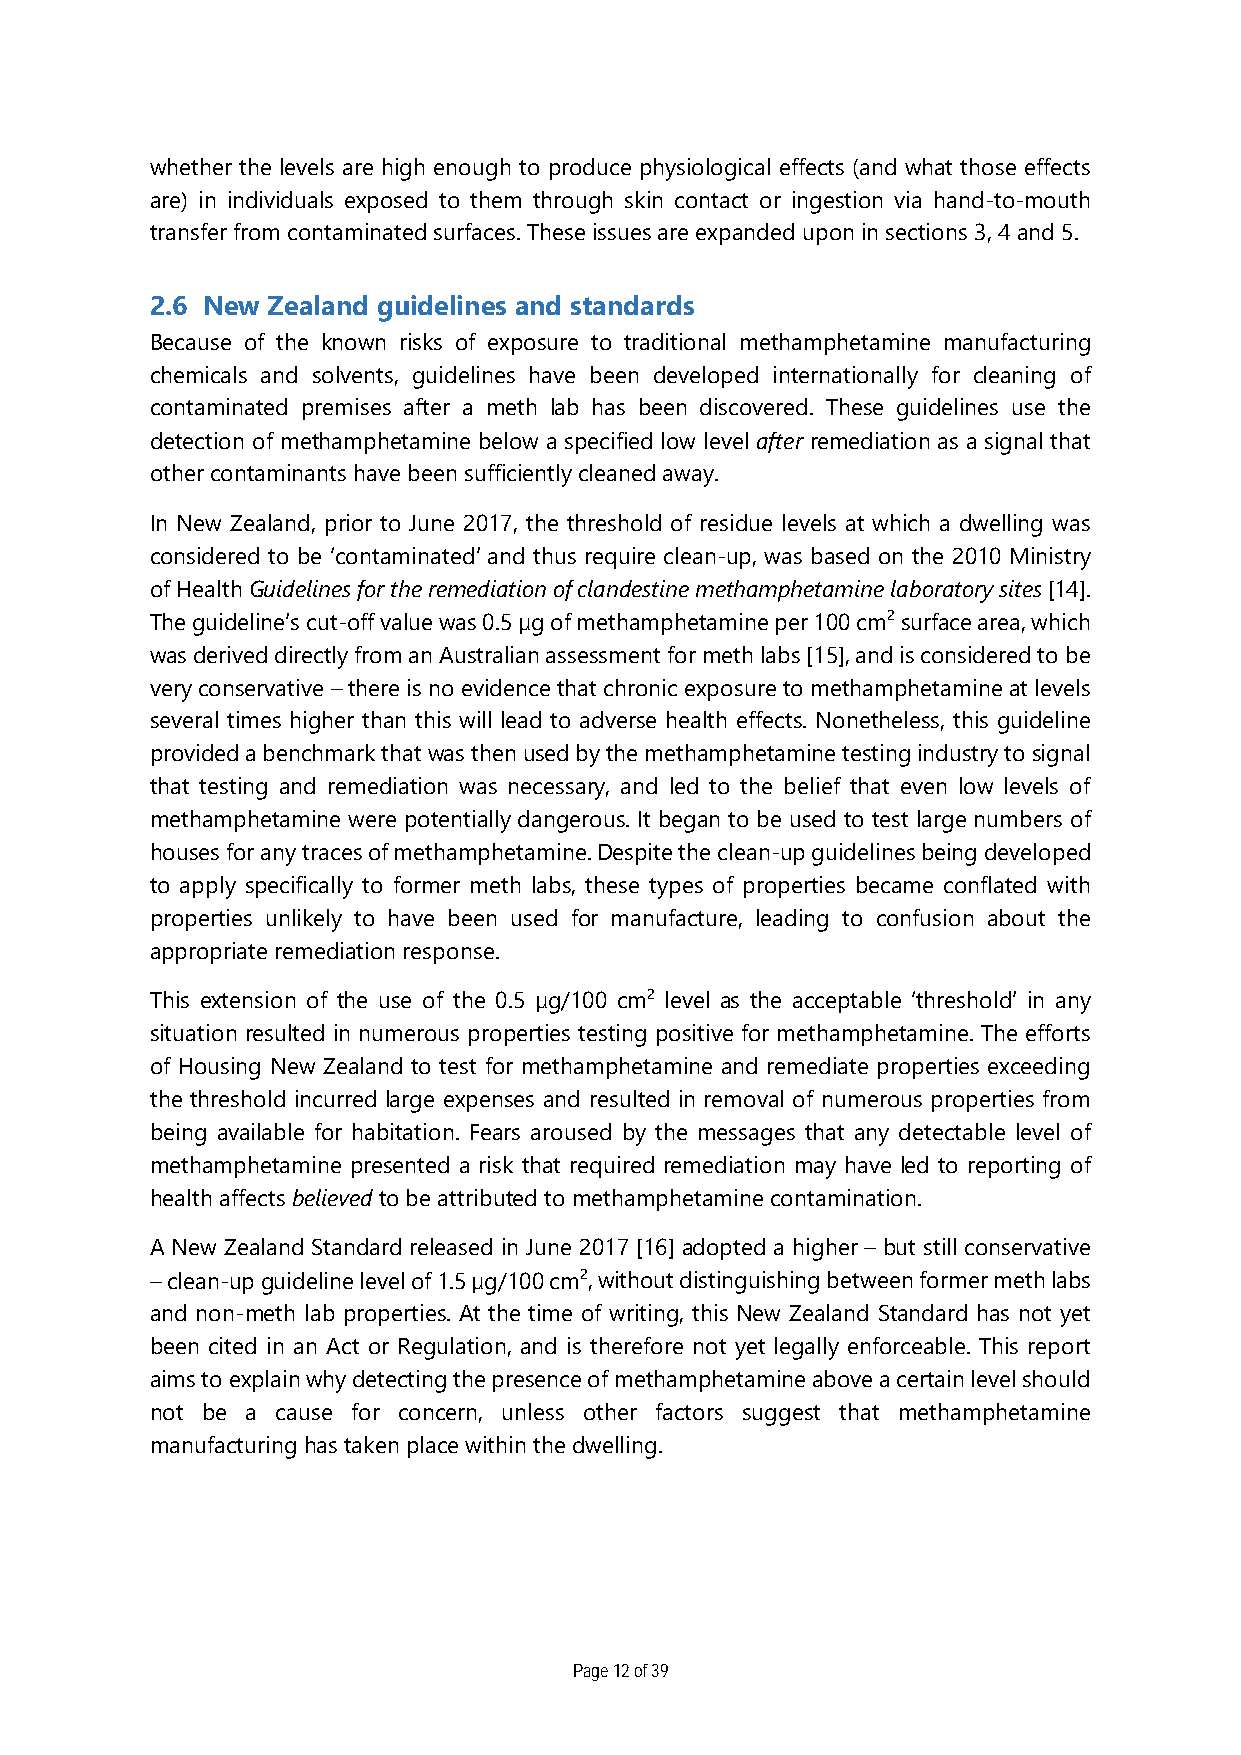
whether the levels are high enough to produce physiological effects (and what those effects
 are) in individuals exposed to them through skin contact or ingestion via hand-to-mouth
 transfer from contaminated surfaces. These issues are expanded upon in sections 3, 4 and 5.
 2.6 New Zealand guidelines and standards
 Because of the known risks of exposure to traditional methamphetamine manufacturing
 chemicals and solvents, guidelines have been developed internationally for cleaning of
 contaminated premises after a meth lab has been discovered. These guidelines use the
 detection of methamphetamine below a specified low level after remediation as a signal that
 other contaminants have been sufficiently cleaned away.
 In New Zealand, prior to June 2017, the threshold of residue levels at which a dwelling was
 considered to be ‘contaminated’ and thus require clean-up, was based on the 2010 Ministry
 of Health Guidelines for the remediation of clandestine methamphetamine laboratory sites [14].
 The guideline’s cut-off value was 0.5 µg of methamphetamine per 100 cm2 surface area, which
 was derived directly from an Australian assessment for meth labs [15], and is considered to be
 very conservative – there is no evidence that chronic exposure to methamphetamine at levels
 several times higher than this will lead to adverse health effects. Nonetheless, this guideline
 provided a benchmark that was then used by the methamphetamine testing industry to signal
 that testing and remediation was necessary, and led to the belief that even low levels of
 methamphetamine were potentially dangerous. It began to be used to test large numbers of
 houses for any traces of methamphetamine. Despite the clean-up guidelines being developed
 to apply specifically to former meth labs, these types of properties became conflated with
 properties unlikely to have been used for manufacture, leading to confusion about the
 appropriate remediation response.
 This extension of the use of the 0.5 µg/100 cm2 level as the acceptable ‘threshold’ in any
 situation resulted in numerous properties testing positive for methamphetamine. The efforts
 of Housing New Zealand to test for methamphetamine and remediate properties exceeding
 the threshold incurred large expenses and resulted in removal of numerous properties from
 being available for habitation. Fears aroused by the messages that any detectable level of
 methamphetamine presented a risk that required remediation may have led to reporting of
 health affects believed to be attributed to methamphetamine contamination.
 A New Zealand Standard released in June 2017 [16] adopted a higher – but still conservative
 – clean-up guideline level of 1.5 µg/100 cm2, without distinguishing between former meth labs
 and non-meth lab properties. At the time of writing, this New Zealand Standard has not yet
 been cited in an Act or Regulation, and is therefore not yet legally enforceable. This report
 aims to explain why detecting the presence of methamphetamine above a certain level should
 not be a cause for concern, unless other factors suggest that methamphetamine
 manufacturing has taken place within the dwelling.
 Page 12 of 39